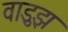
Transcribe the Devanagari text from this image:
वाडुझ